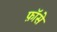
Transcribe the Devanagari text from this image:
फ़ॉसे